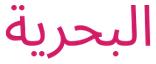
البحرية